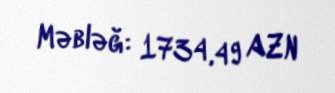
Məbləğ: 1734,49 AZN